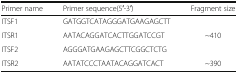
<table><thead><tr><td><b>Primer name</b></td><td><b>Primer sequence(5′-3′)</b></td><td><b>Fragment size</b></td></tr></thead><tbody><tr><td>ITSF1</td><td>GATGGTCATAGGGATGAAGAGCTT</td><td></td></tr><tr><td>ITSR1</td><td>AATACAGGATCACTTGGATCCGT</td><td rowspan="2">~410</td></tr><tr><td>ITSF2</td><td>AGGGATGAAGAGCTTCGGCTCTG</td></tr><tr><td>ITSR2</td><td>AATATCCCTAATACAGGATCACT</td><td>~390</td></tr></tbody></table>